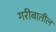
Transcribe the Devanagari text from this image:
गरीबातील